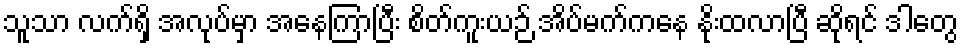
သူသာ လက်ရှိ အလုပ်မှာ အနေကြာပြီး စိတ်ကူးယဉ် အိပ်မက်ကနေ နိုးထလာပြီ ဆိုရင် ဒါတွေ